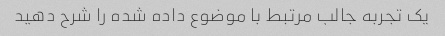
یک تجربه جالب مرتبط با موضوع داده شده را شرح دهید